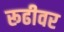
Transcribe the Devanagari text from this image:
रूढीवर